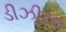
ડીઝીટલ